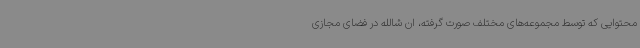
محتوایی که توسط مجموعه‌های مختلف صورت گرفته‌، ان شالله در فضای مجازی